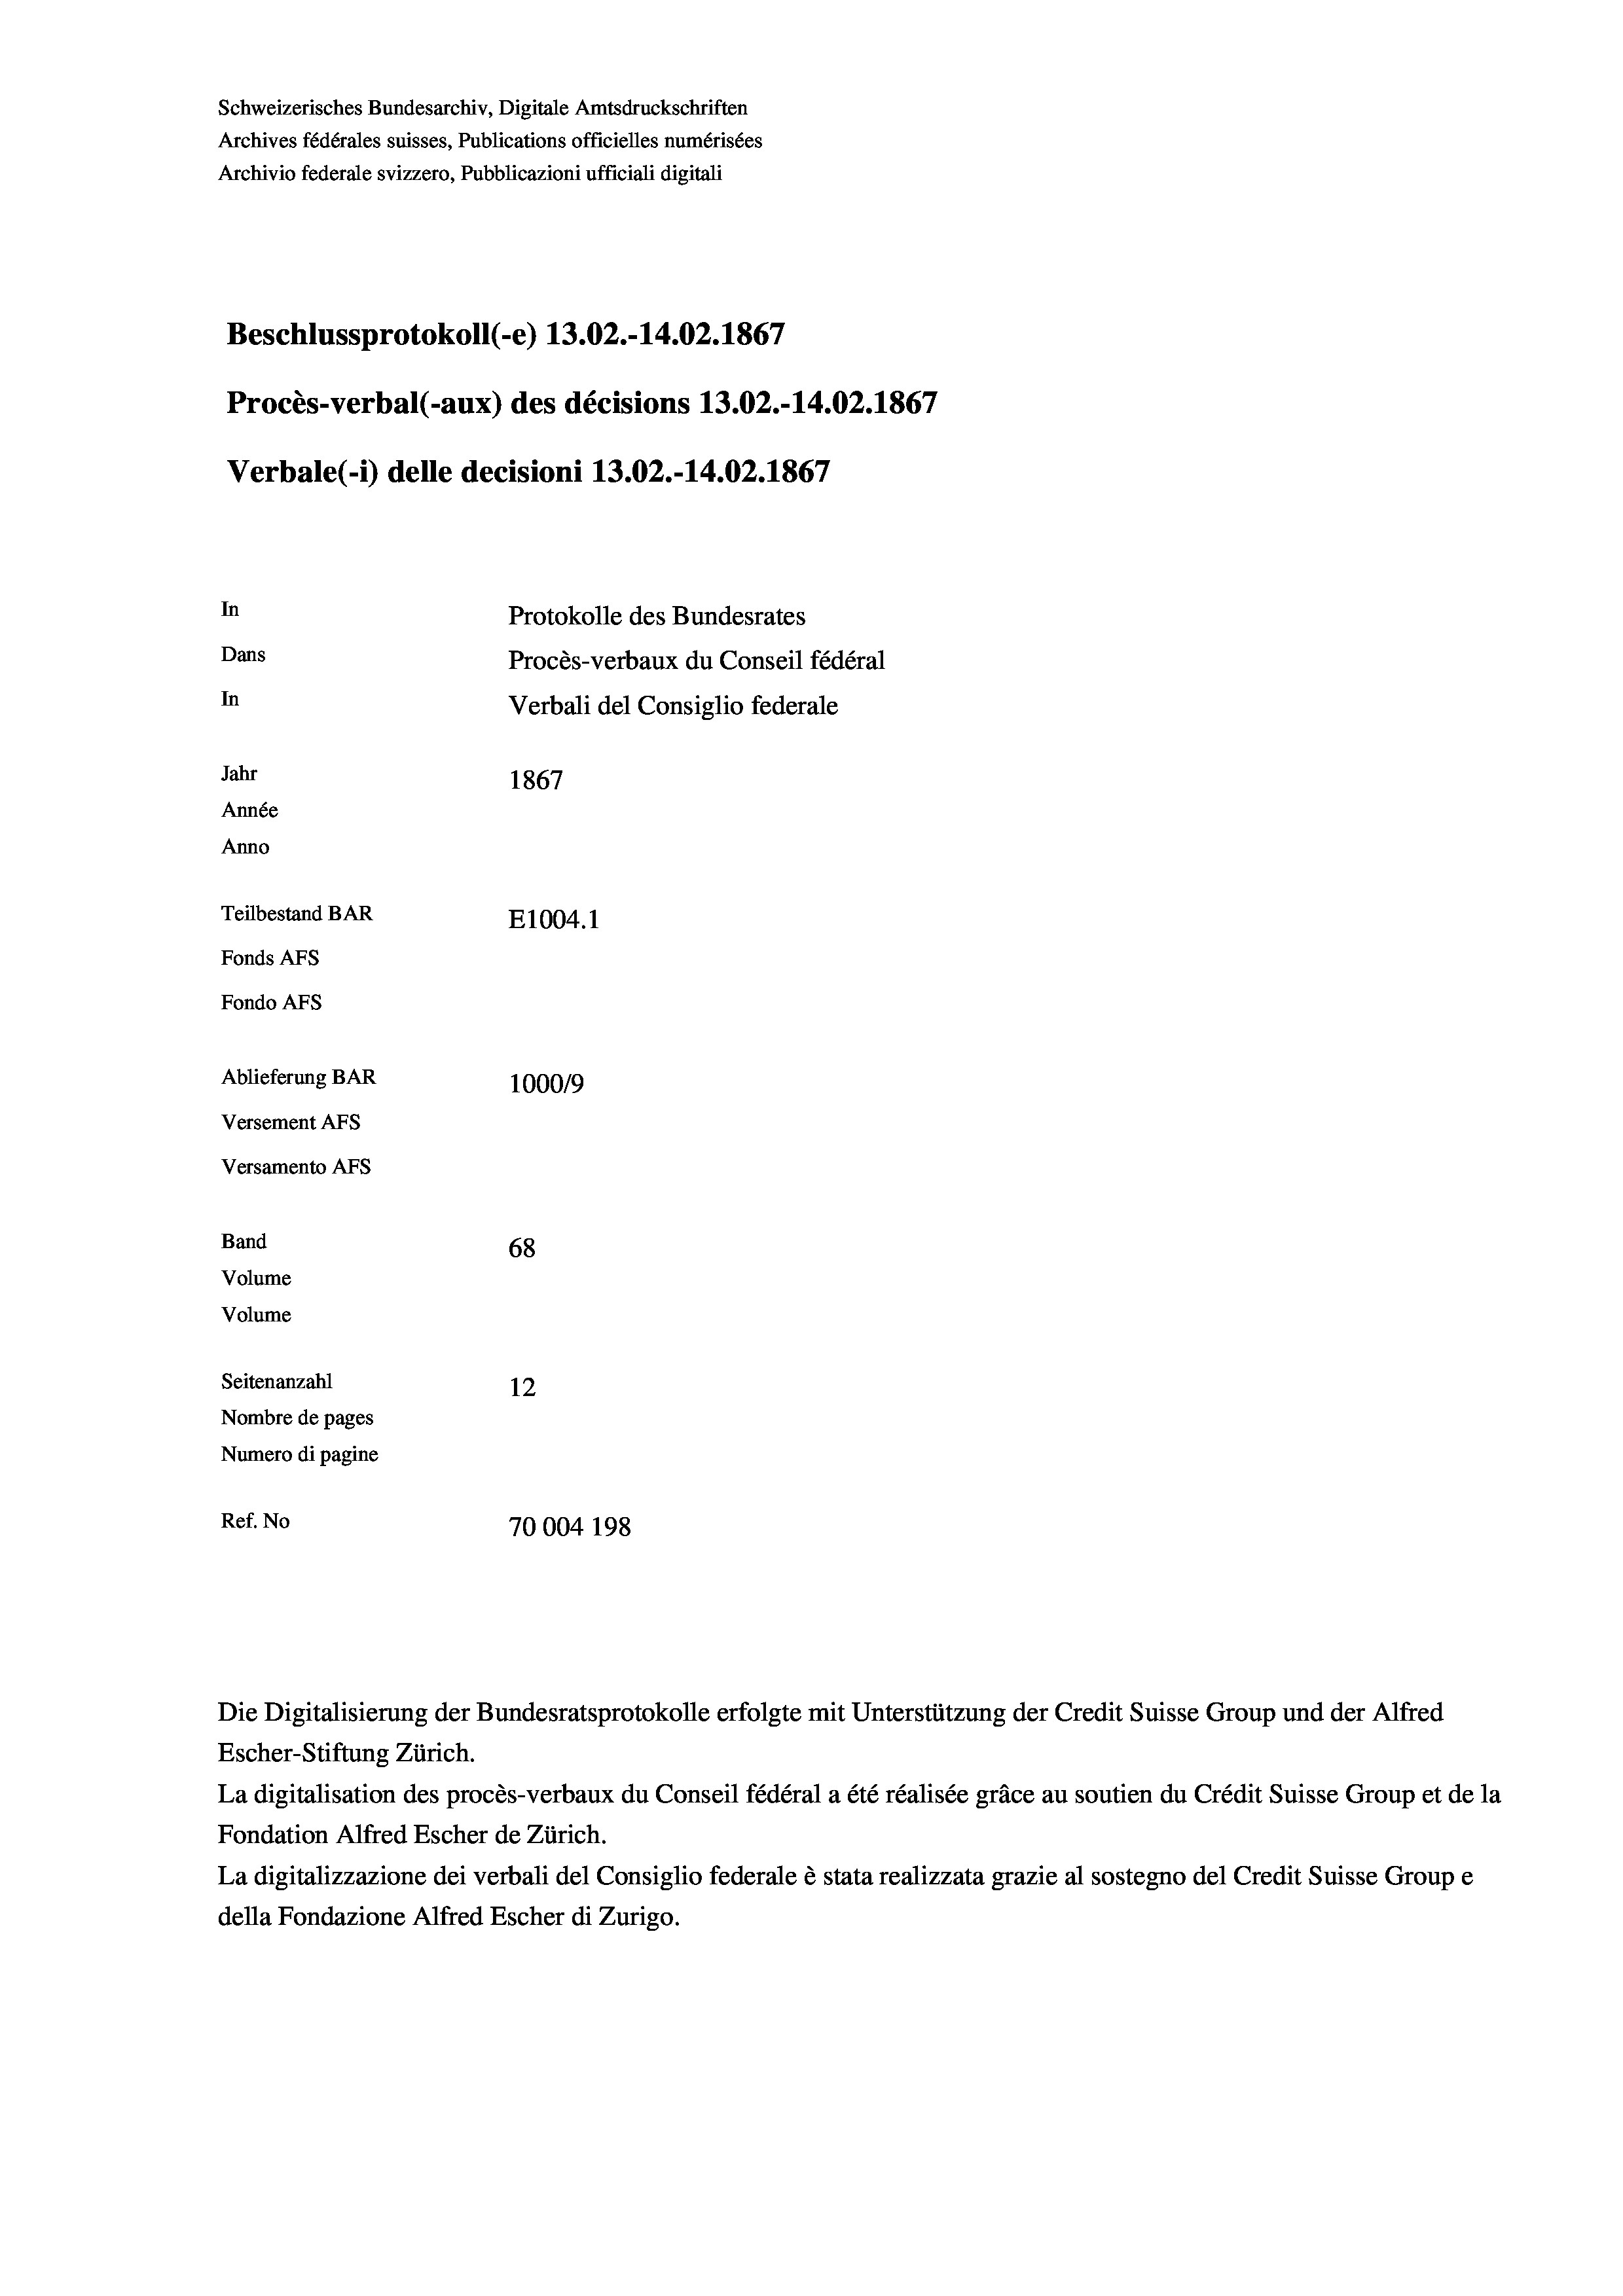
Schweizerisches Bundesarchiv, Digitale Amtsdruckschriften
Archives fédérales suisses, Publications officielles numérisées
Archivio federale svizzero, Pubblicazioni ufficiali digitali
Beschlussprotokoll (-e) 13.02.-14.02. 1867
Procès-verbal (-aux) des décisions 13.02.-14.02. 1867
Verbale(-*) delle decisioni 13.02.-14.02. 1867
In
Protokolle des Bundesrates
Dans
Procès-verbaux du Conseil fédéral
In
Verbali del Consiglio federale
Jahr
1867
Année
Anno
Teilbestand BAR
E1004.1
Fonds AFs
Fondo AFS
Ablieferung BAR
100019
Versement AFs
Versamento AFs
Band
68
Volume
Volume
Seitenanzahl
12

Nombre de pages
Numero di pagine
Ref. No
70004 198

La digitalisation des procès-verbaux du Conseil fédéral a été réalisée gräce au soutien du Crédit Suisse Group et de la
Fondation Alfred Escher de Zürich.
La digitalizzazione dei verbali del Consiglio federale è stata realizzata grazie al sostegno del Credit Suisse Groupe
della Fondazione Alfred Escher di Zurigo.

Die Digitalisierung der Bundesratsprotokolle erfolgte mit Unterstützung der Credit Suisse Group und der Alfred
Escher-Stiftung Zürich.